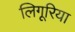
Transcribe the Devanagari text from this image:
लिगूरिया